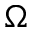
\Omega